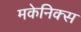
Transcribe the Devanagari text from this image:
मकेनिक्स